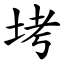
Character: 㘼